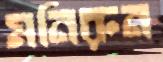
মনিরুন